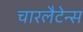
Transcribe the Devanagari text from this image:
चारलैटेन्स